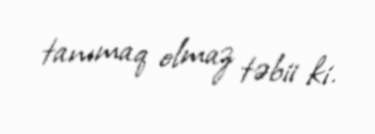
tanımaq olmaz təbii ki.